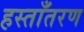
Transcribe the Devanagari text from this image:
हस्ताँतरण